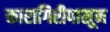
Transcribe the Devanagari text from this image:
कारागिरीपासून